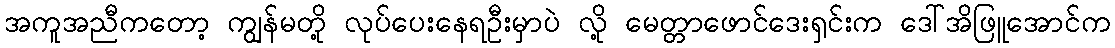
အကူအညီကတော့ ကျွန်မတို့ လုပ်ပေးနေရဦးမှာပဲ လို့ မေတ္တာဖောင်ဒေးရှင်းက ဒေါ်အိဖြူအောင်က